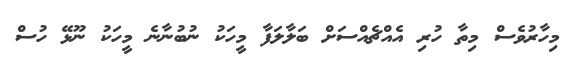
މިހާރުވެސް މިތާ ހުރި އެއްޗެއްސަށް ބަލާލަފާ މީހަކު ނުބުނާނެ މީހަކު ނޫޅޭ ހުސް